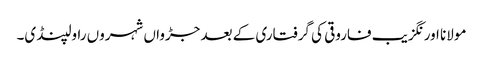
مولانا اورنگزیب فاروقی کی گرفتاری کے بعد جڑواں شہروں راولپنڈی۔